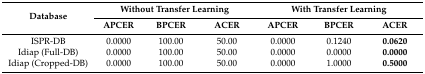
<table><thead><tr><td rowspan="2"><b>Database</b></td><td colspan="3"><b>Without Transfer Learning</b></td><td colspan="3"><b>With Transfer Learning</b></td></tr><tr><td><b>APCER</b></td><td><b>BPCER</b></td><td><b>ACER</b></td><td><b>APCER</b></td><td><b>BPCER</b></td><td><b>ACER</b></td></tr></thead><tbody><tr><td>ISPR-DB</td><td>0.0000</td><td>100.00</td><td>50.00</td><td>0.0000</td><td>0.1240</td><td><b>0.0620</b></td></tr><tr><td>Idiap (Full-DB)</td><td>0.0000</td><td>100.00</td><td>50.00</td><td>0.0000</td><td>0.0000</td><td><b>0.0000</b></td></tr><tr><td>Idiap (Cropped-DB)</td><td>0.0000</td><td>100.00</td><td>50.00</td><td>0.0000</td><td>1.0000</td><td><b>0.5000</b></td></tr></tbody></table>